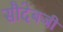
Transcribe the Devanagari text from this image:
सौदेबजी